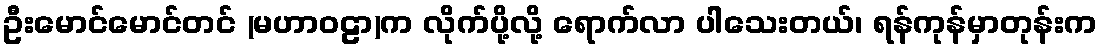
ဦးမောင်မောင်တင် (မဟာဝဠာ)က လိုက်ပို့လို့ ရောက်လာ ပါသေးတယ်၊ ရန်ကုန်မှာတုန်းက